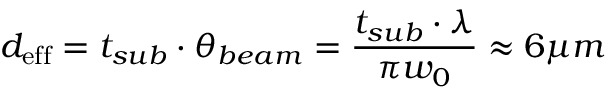
d _ { \mathrm { e f f } } = t _ { s u b } \cdot \theta _ { b e a m } = \frac { t _ { s u b } \cdot \lambda } { \pi w _ { 0 } } \approx 6 \mu m